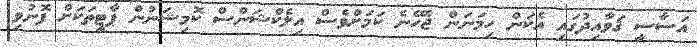
އަސާސީ ޤަވާއިދުގައި އެކަން ހިމަނަން ޖެހޭނެ ކަމަށްވެސް އިލެކްޝަންސް ކޮމިޝަނުން ޕާޓީތަކަށް ފޮނުވި